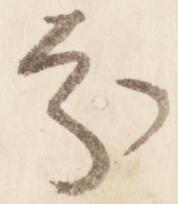
分